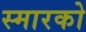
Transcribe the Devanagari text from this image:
स्मारको